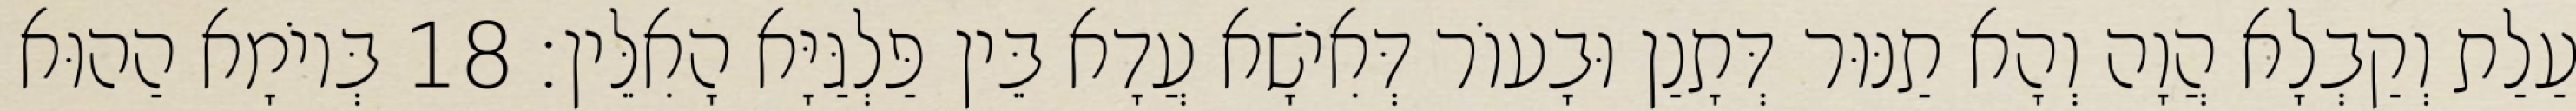
עַלַת וְקַבְלָא הֲוָה וְהָא תַנּוּר דְּתָנַן וּבָעוֹר דְּאִישָׁא עֲדָא בֵּין פַּלְגַּיָּא הָאִלֵּין׃ 18 בְּיוֹמָא הַהוּא